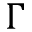
\Gamma